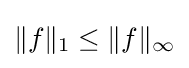
\|f\|_{1}\leq \|f\|_{\infty }